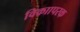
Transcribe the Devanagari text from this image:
विकाापरक